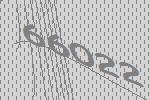
66022